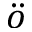
\ddot { o }